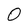
Character: O